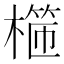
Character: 𣙖